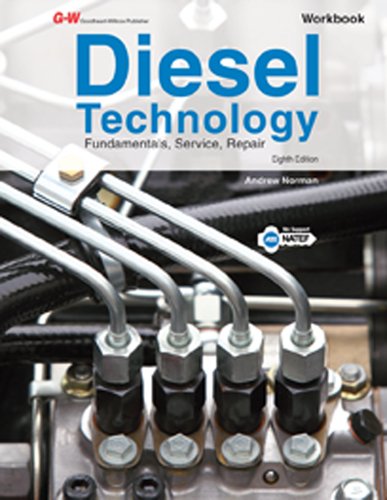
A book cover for Diesel Technology Workbook; John "Drew" Corinchock; Engineering & Transportation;